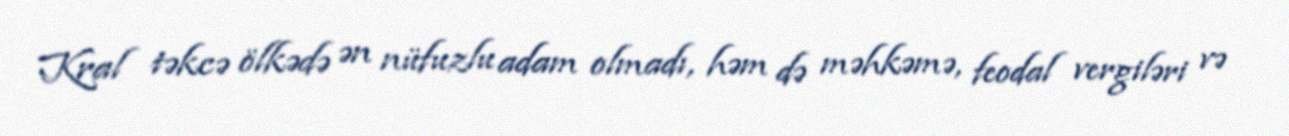
Kral təkcə ölkədə ən nüfuzlu adam olmadı, həm də məhkəmə, feodal vergiləri və